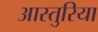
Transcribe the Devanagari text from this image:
आस्तुरिया